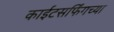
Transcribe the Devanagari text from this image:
काईटसर्फिंगच्या